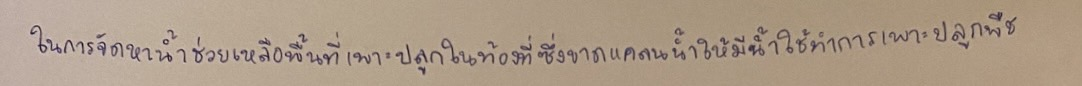
ในการจัดหาน้ำช่วยเหลือพื้นที่เพาะปลูกในท้องที่ซึ่งขาดแคลนน้ำให้มีน้ำใช้ทำการเพาะปลูกพืช